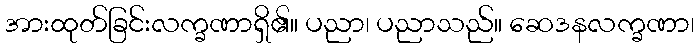
အားထုတ်ခြင်းလက္ခဏာရှိ၏။ ပညာ၊ ပညာသည်။ ဆေဒနလက္ခဏာ၊